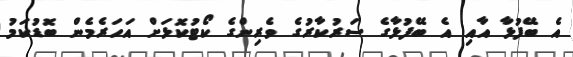
އެެ ބޭފުޅާ އާއި އެ ބޭފުޅާގެ ސަރުކާރުގެ ވެރިންގެ ކޯޓުކޮޅަށް އަހަރެމެން ބޮޑުކަމު